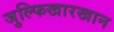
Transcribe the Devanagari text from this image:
जुल्फिखारखान